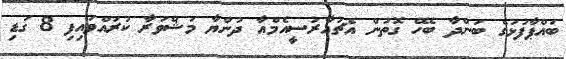
ބައްޕާފުޅުގެ ބަންދާ ބެހޭ ގޮތުން އެޗުއާރުސީއެމްއާ ދުންޔާ މަޝްވަރާ ކުރައްވައިފި 8 ގަޑި